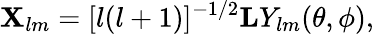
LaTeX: {\mathbf X}_{lm}=[l(l+1)]^{-1/2}{\mathbf L}Y_{lm}(\theta,\phi),